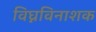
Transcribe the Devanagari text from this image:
विघ्नविनाशक